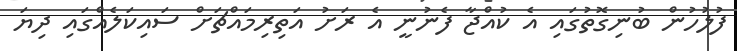
ފުލުހުން ބުނިގޮތުގައި އެ ކުއްޖާ ފެނުނީ އެ ރަށު އަތިރިމައްޗަށް ސައިކަލެއްގައި ދިޔަ